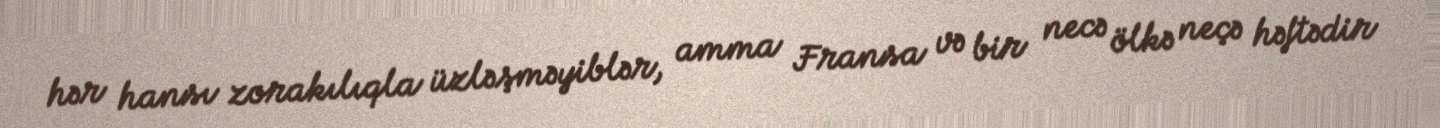
hər hansı zorakılıqla üzləşməyiblər, amma Fransa və bir necə ölkə neçə həftədir